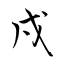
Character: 戍